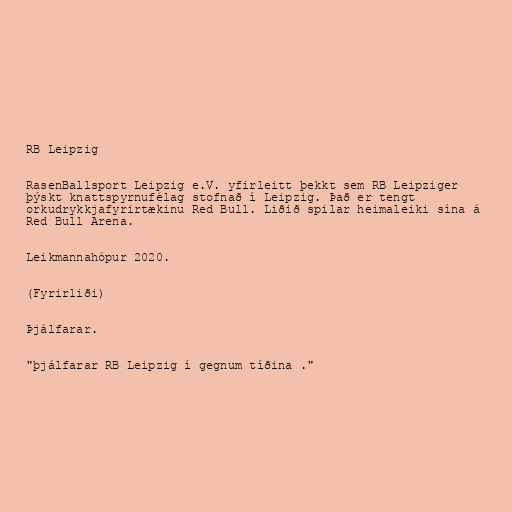
RB Leipzig

RasenBallsport Leipzig e.V. yfirleitt þekkt sem RB Leipziger
þýskt knattspyrnufélag stofnað í Leipzig. Það er tengt
orkudrykkjafyrirtækinu Red Bull. Liðið spilar heimaleiki sína á
Red Bull Arena.

Leikmannahópur 2020.

(Fyrirliði)

Þjálfarar.

"þjálfarar RB Leipzig í gegnum tíðina ."